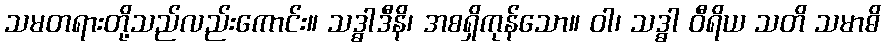
သမတရားတို့သည်လည်းကောင်း။ သဒ္ဓါဒီနိ၊ အစရှိကုန်သော။ ဝါ၊ သဒ္ဓါ ဝီရိယ သတိ သမာဓိ